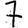
Digit: 7